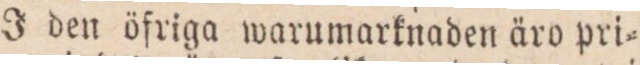
J den öfriga warumarknaden äro pri=